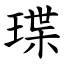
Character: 㻡